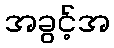
အခွင့်အ